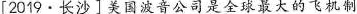
[2019·长沙]美国波音公司是全球最大的飞机制